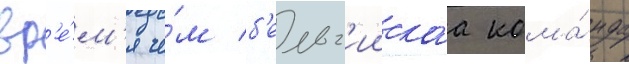
вр'е́м'я че́м б'ельг'иискаа кома́нда